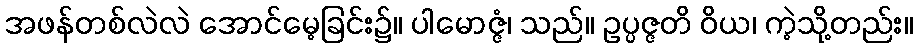
အဖန်တစ်လဲလဲ အောင်မေ့ခြင်း၌။ ပါမောဇ္ဇံ၊ သည်။ ဥပ္ပဇ္ဇတိ ဝိယ၊ ကဲ့သို့တည်း။